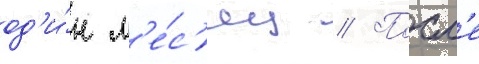
од'и́н м'е́с'яц // Посл'е